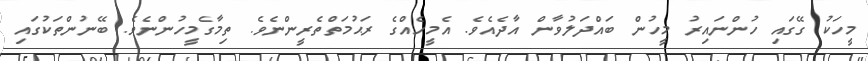
މީހަކު ގޭގައި ހުންނައިރު މީހުން ބައްދަލުވާން އާދެއެވެ. އެމީހެއްގެ ރަޙުމަތްތެރީންނެވެ. ތިމާގެމީހުންނެވެ. ބޭނުންތަކުގައި